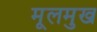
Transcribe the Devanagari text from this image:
मूलमुख